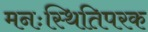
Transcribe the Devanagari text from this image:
मनःस्थितिपरक